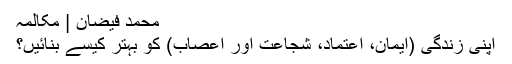
محمد فیضان | مکالمہ
اپنی زندگی (ایمان، اعتماد، شجاعت اور اعصاب) کو بہتر کیسے بنائیں؟